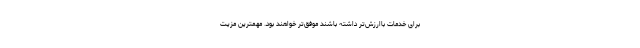
برای خدمات باارزش‌تر داشته باشند موفق‌تر خواهند بود. مهمترین مزیت